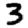
Digit: 3